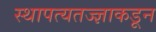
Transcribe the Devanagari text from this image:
स्थापत्यतज्‍ज्ञाकडून